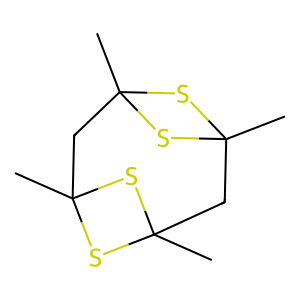
SMILES: CC12CC3(C)SC(C)(CC(C)(S1)S2)S3
Inhibits HIV replication: No